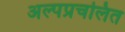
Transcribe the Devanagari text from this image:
अल्पप्रचलित